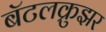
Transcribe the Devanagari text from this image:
बॅटलक्रुझर